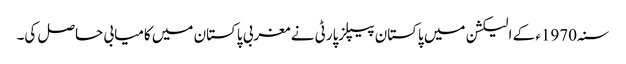
سنہ1970ء کے الیکشن میں پاکستان پیپلزپارٹی نے مغربی پاکستان میں کامیابی حاصل کی۔